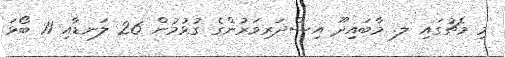
މި މެޗުގައި ލ. މާބައިދޫ އިސްދަރިވަރުންގެ ގުޅުމުން 26 ލަނޑާއި 11 ބޯޅަ